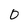
Character: 0